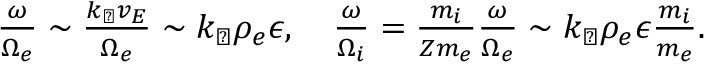
\begin{array} { r } { \frac { \omega } { \Omega _ { e } } \sim \frac { k _ { \perp } v _ { E } } { \Omega _ { e } } \sim k _ { \perp } \rho _ { e } \epsilon , \quad \frac { \omega } { \Omega _ { i } } = \frac { m _ { i } } { Z m _ { e } } \frac { \omega } { \Omega _ { e } } \sim k _ { \perp } \rho _ { e } \epsilon \frac { m _ { i } } { m _ { e } } . } \end{array}